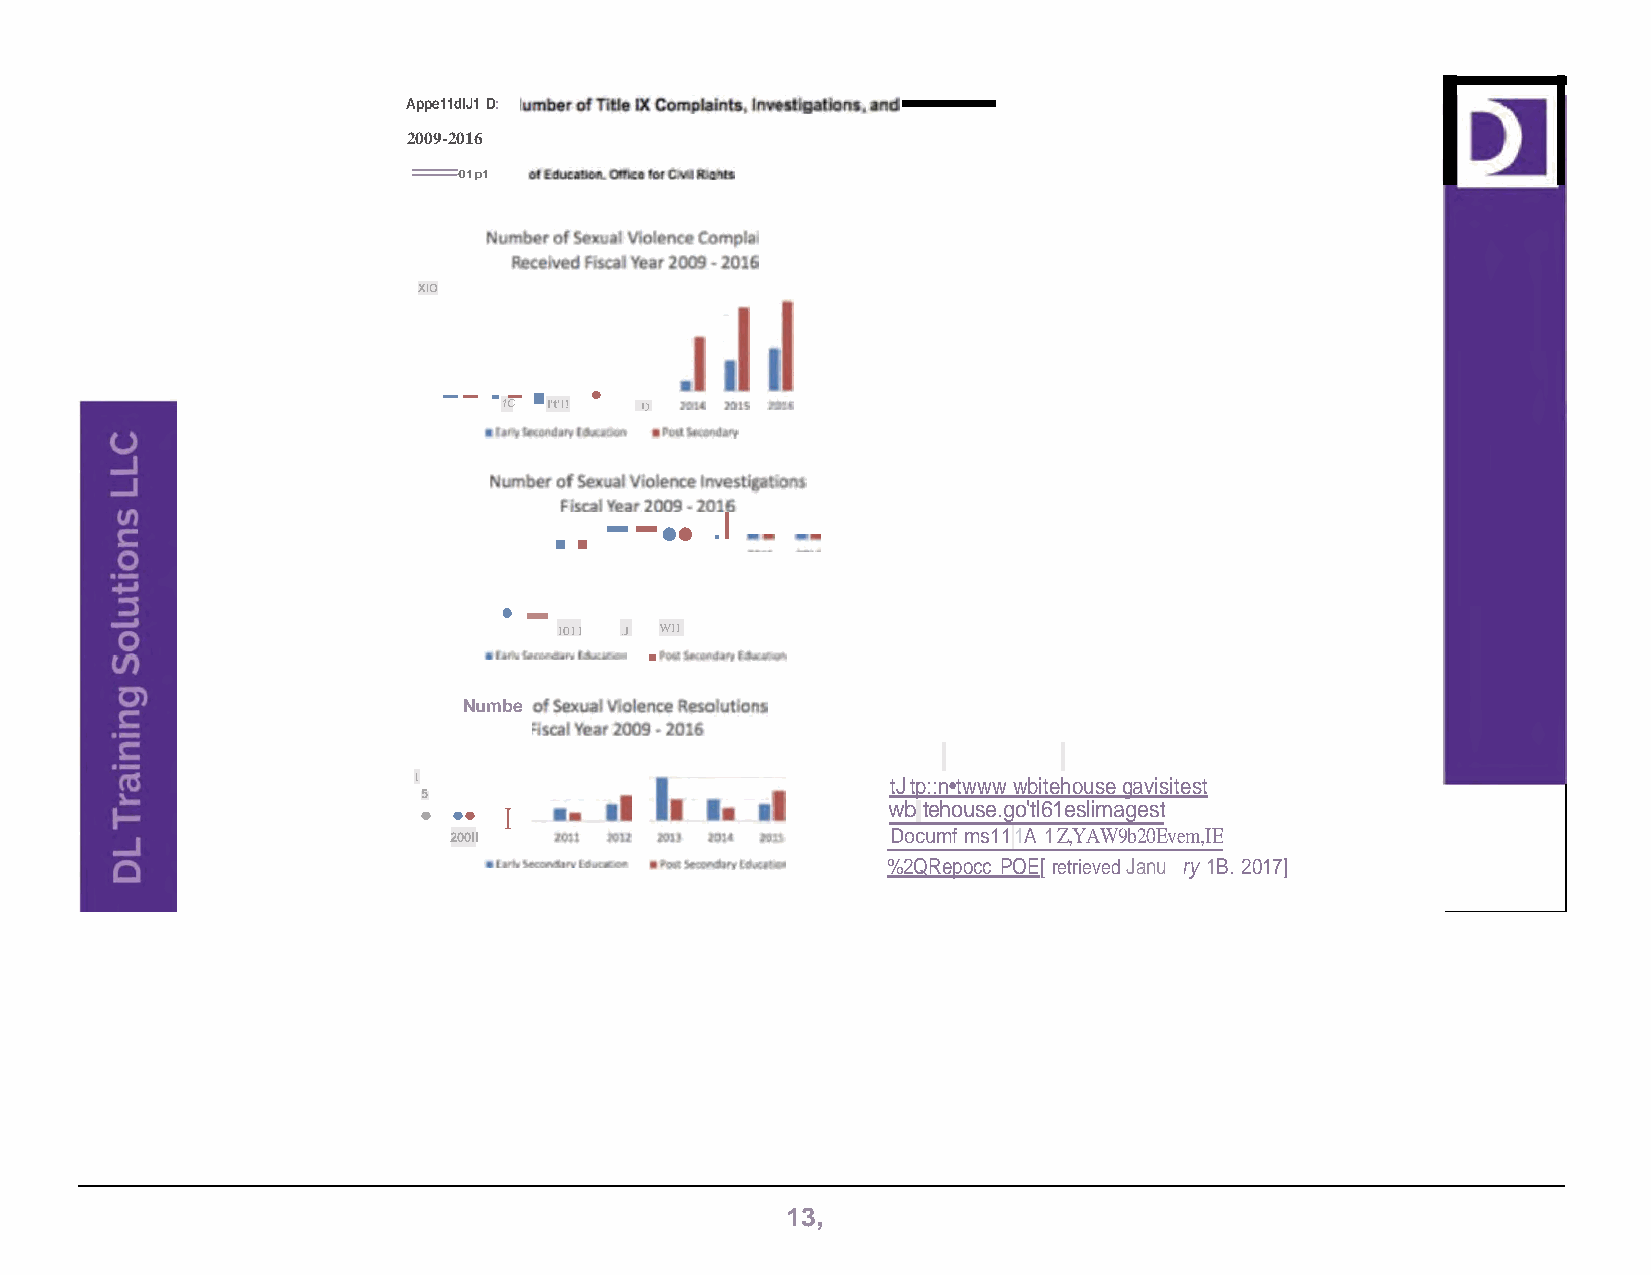
Appe11dlJ1 D:
 2009-2016
 =
 01p1
 XIO
 -- · 1-
 C
 ■
 l't'I!
 •
 l)
 ..  --
 ••
 .I
 ·-
 1011 .J WII
 ■
 Numbe
 1                               tJ tp::n•twww wbitehouse gavisitest
 5
 • •• I                         wbi tehouse.go'tl61eslimagest
 200II                        Documf ms11 1A 1 Z,YAW9b20Evem,IE
 % 2QRepocc POE[ retrieved Janu ry 1B. 2017]
 13,